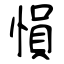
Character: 愪